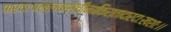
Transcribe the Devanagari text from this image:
पारदाःपल्लवाश्चीनाकिरातादारदाःखशाः।।